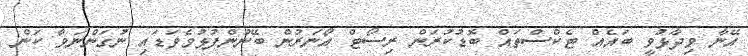
އޭނާ ވިދާޅުވީ ބައެއް ޓެކްސްތައް ބޮޑުކުރަން ރިސޯޓް އޯނަރުން ބޭނުންފުޅުވެވަޑައި ނުގަންނަވާ ކަން